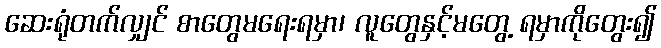
ဆေးရုံတက်လျှင် စာတွေမရေးရမှာ၊ လူတွေနှင့်မတွေ့ ရမှာကိုတွေး၍